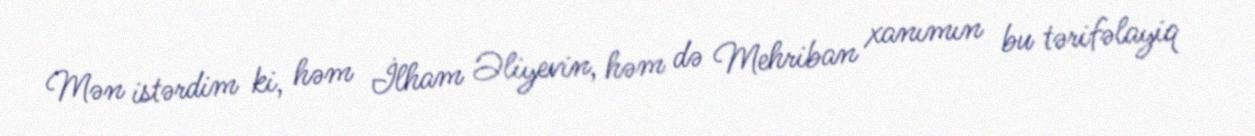
Mən istərdim ki, həm İlham Əliyevin, həm də Mehriban xanımın bu tərifəlayiq